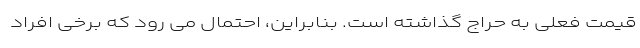
قیمت فعلی به حراج گذاشته است. بنابراین، احتمال می رود که برخی افراد